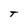
Character: T